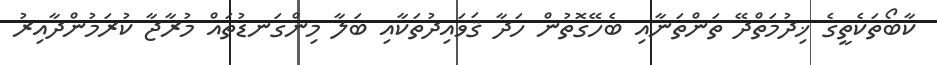
ކާބޯތަކެތީގެ ޚިދުމަތްދޭ ތަންތަނާއި ބެހޭގޮތުން ހަދާ ޤަވައިދުތަކާއި ބަލާ މިންގަނޑުތައް މުރާޖާ ކުރަމުންދާއިރު